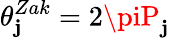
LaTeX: \theta_{\mathbf{j}}^{Zak}=2\piP_{\mathbf{j}}